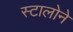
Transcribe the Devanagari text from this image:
स्टालोने